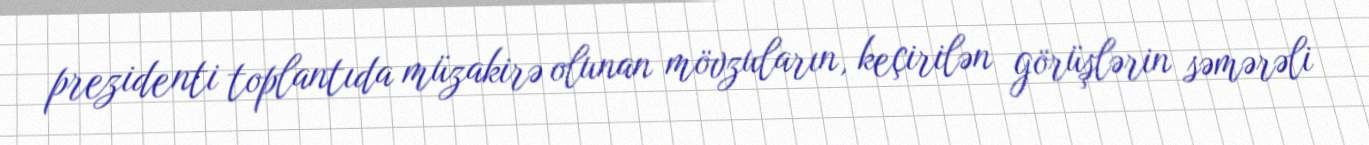
prezidenti toplantıda müzakirə olunan mövzuların, keçirilən görüşlərin səmərəli